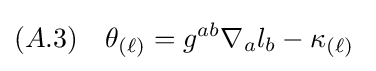
(A.3)\quad \theta _{(\ell )}=g^{ab}\nabla _{a}l_{b}-\kappa _{(\ell )}\;